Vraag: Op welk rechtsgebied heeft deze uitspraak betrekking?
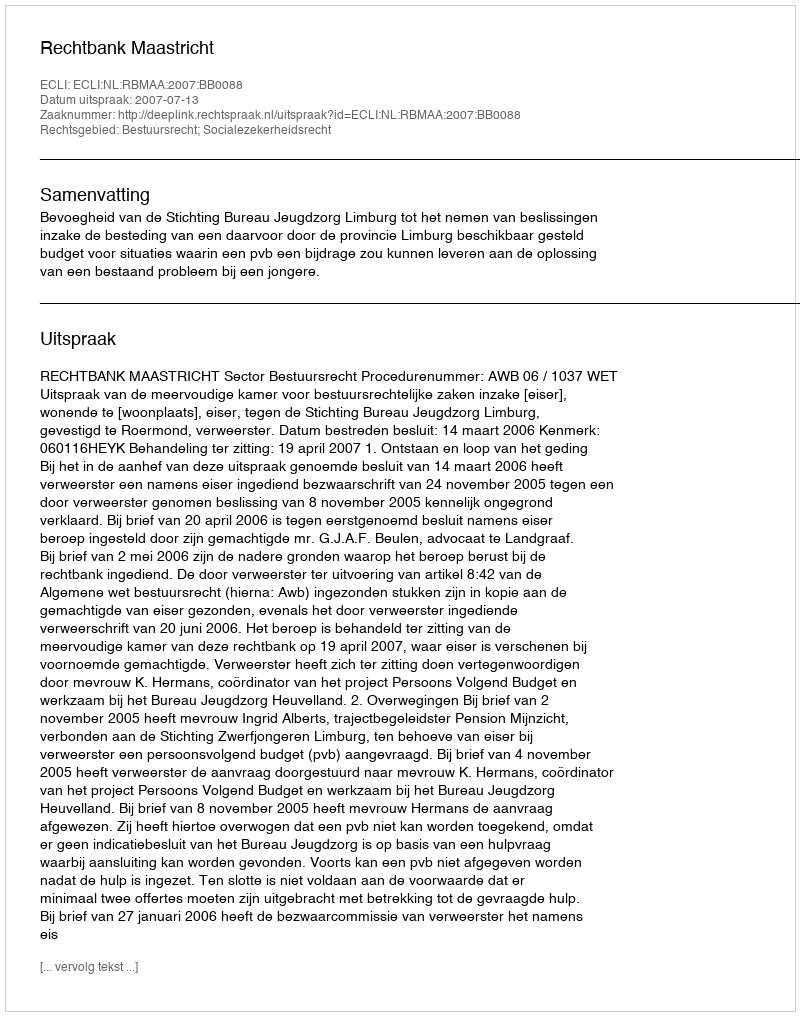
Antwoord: Bestuursrecht; Socialezekerheidsrecht